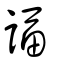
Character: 諨